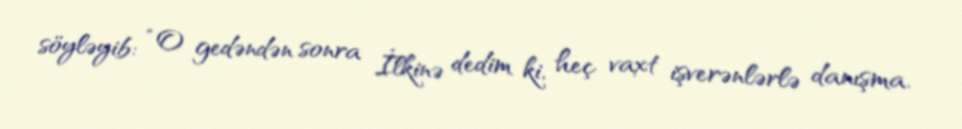
söyləyib: “O gedəndən sonra İlkinə dedim ki, heç vaxt işverənlərlə danışma.